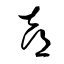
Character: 喜